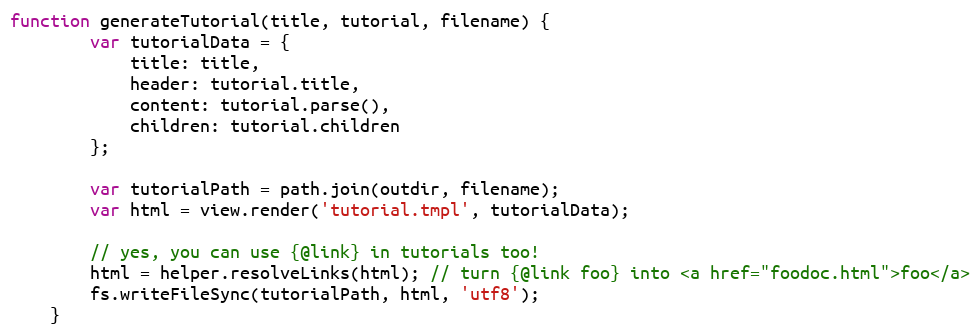
Language: JavaScript
function generateTutorial(title, tutorial, filename) {
        var tutorialData = {
            title: title,
            header: tutorial.title,
            content: tutorial.parse(),
            children: tutorial.children
        };

        var tutorialPath = path.join(outdir, filename);
        var html = view.render('tutorial.tmpl', tutorialData);

        // yes, you can use {@link} in tutorials too!
        html = helper.resolveLinks(html); // turn {@link foo} into <a href="foodoc.html">foo</a>
        fs.writeFileSync(tutorialPath, html, 'utf8');
    }